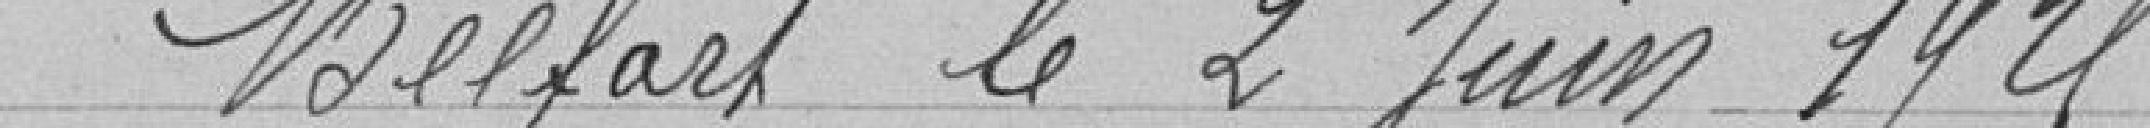
Belfort le 2 juin 1925